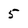
Character: 5